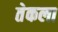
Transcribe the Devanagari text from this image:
तेकला